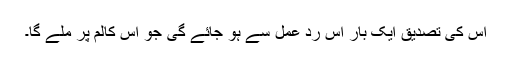
اس کی تصدیق ایک بار اس ردِ عمل سے ہو جائے گی جو اس کالم پر ملے گا۔